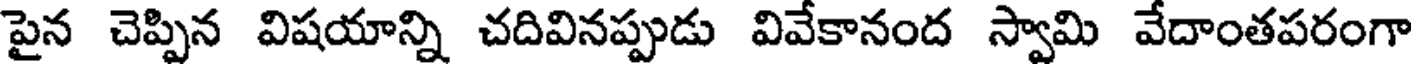
పైన చెప్పిన విషయాన్ని చదివినప్పుడు వివేకానంద స్వామి వేదాంతపరంగా